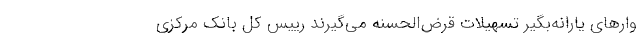
وارهای یارانه‌بگیر تسهیلات قرض‌الحسنه می‌گیرند رییس کل بانک مرکزی